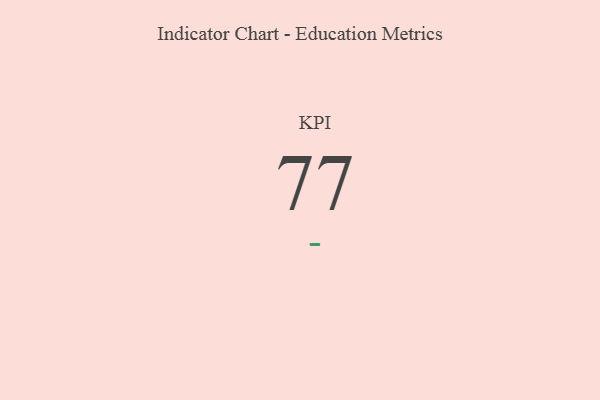
{"axis": {"x": "KPI", "y": "Value"}, "legend": [""], "data": [{"x": "KPI", "y": 77, "type": ""}]}